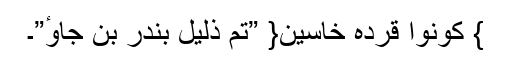
} کُونُوا قردہ خاسین{ ”تم ذلیل بندر بن جاوٴ”۔